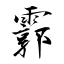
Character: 霩